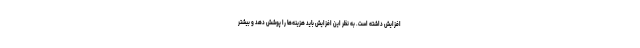
افزایش داشته است. به نظر این افزایش باید هزینه‌ها را پوشش دهد و بیشتر